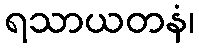
ရသာယတနံ၊